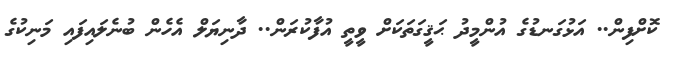
ކޮށްފިން.. އަޅުގަނޑުގެ އުންމީދު ޙަޤީގަތަކަށް ވީތީ އުފާކުރަން.. ދާނިޔަލް އެހެން ބުނެލައިފައި މަނިކުގެ